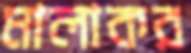
মালাকর